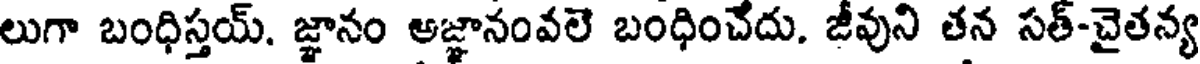
లుగా బంధిస్తయ్. జ్ఞానం అజ్ఞానంవలె బంధించేదు. జీవుని తన సత్-చైతన్య